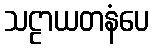
သဠာယတနံပေ